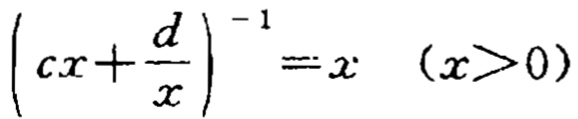
\(\left(cx+\frac{d}{x}\right)^{-1}=x\quad (x > 0)\)